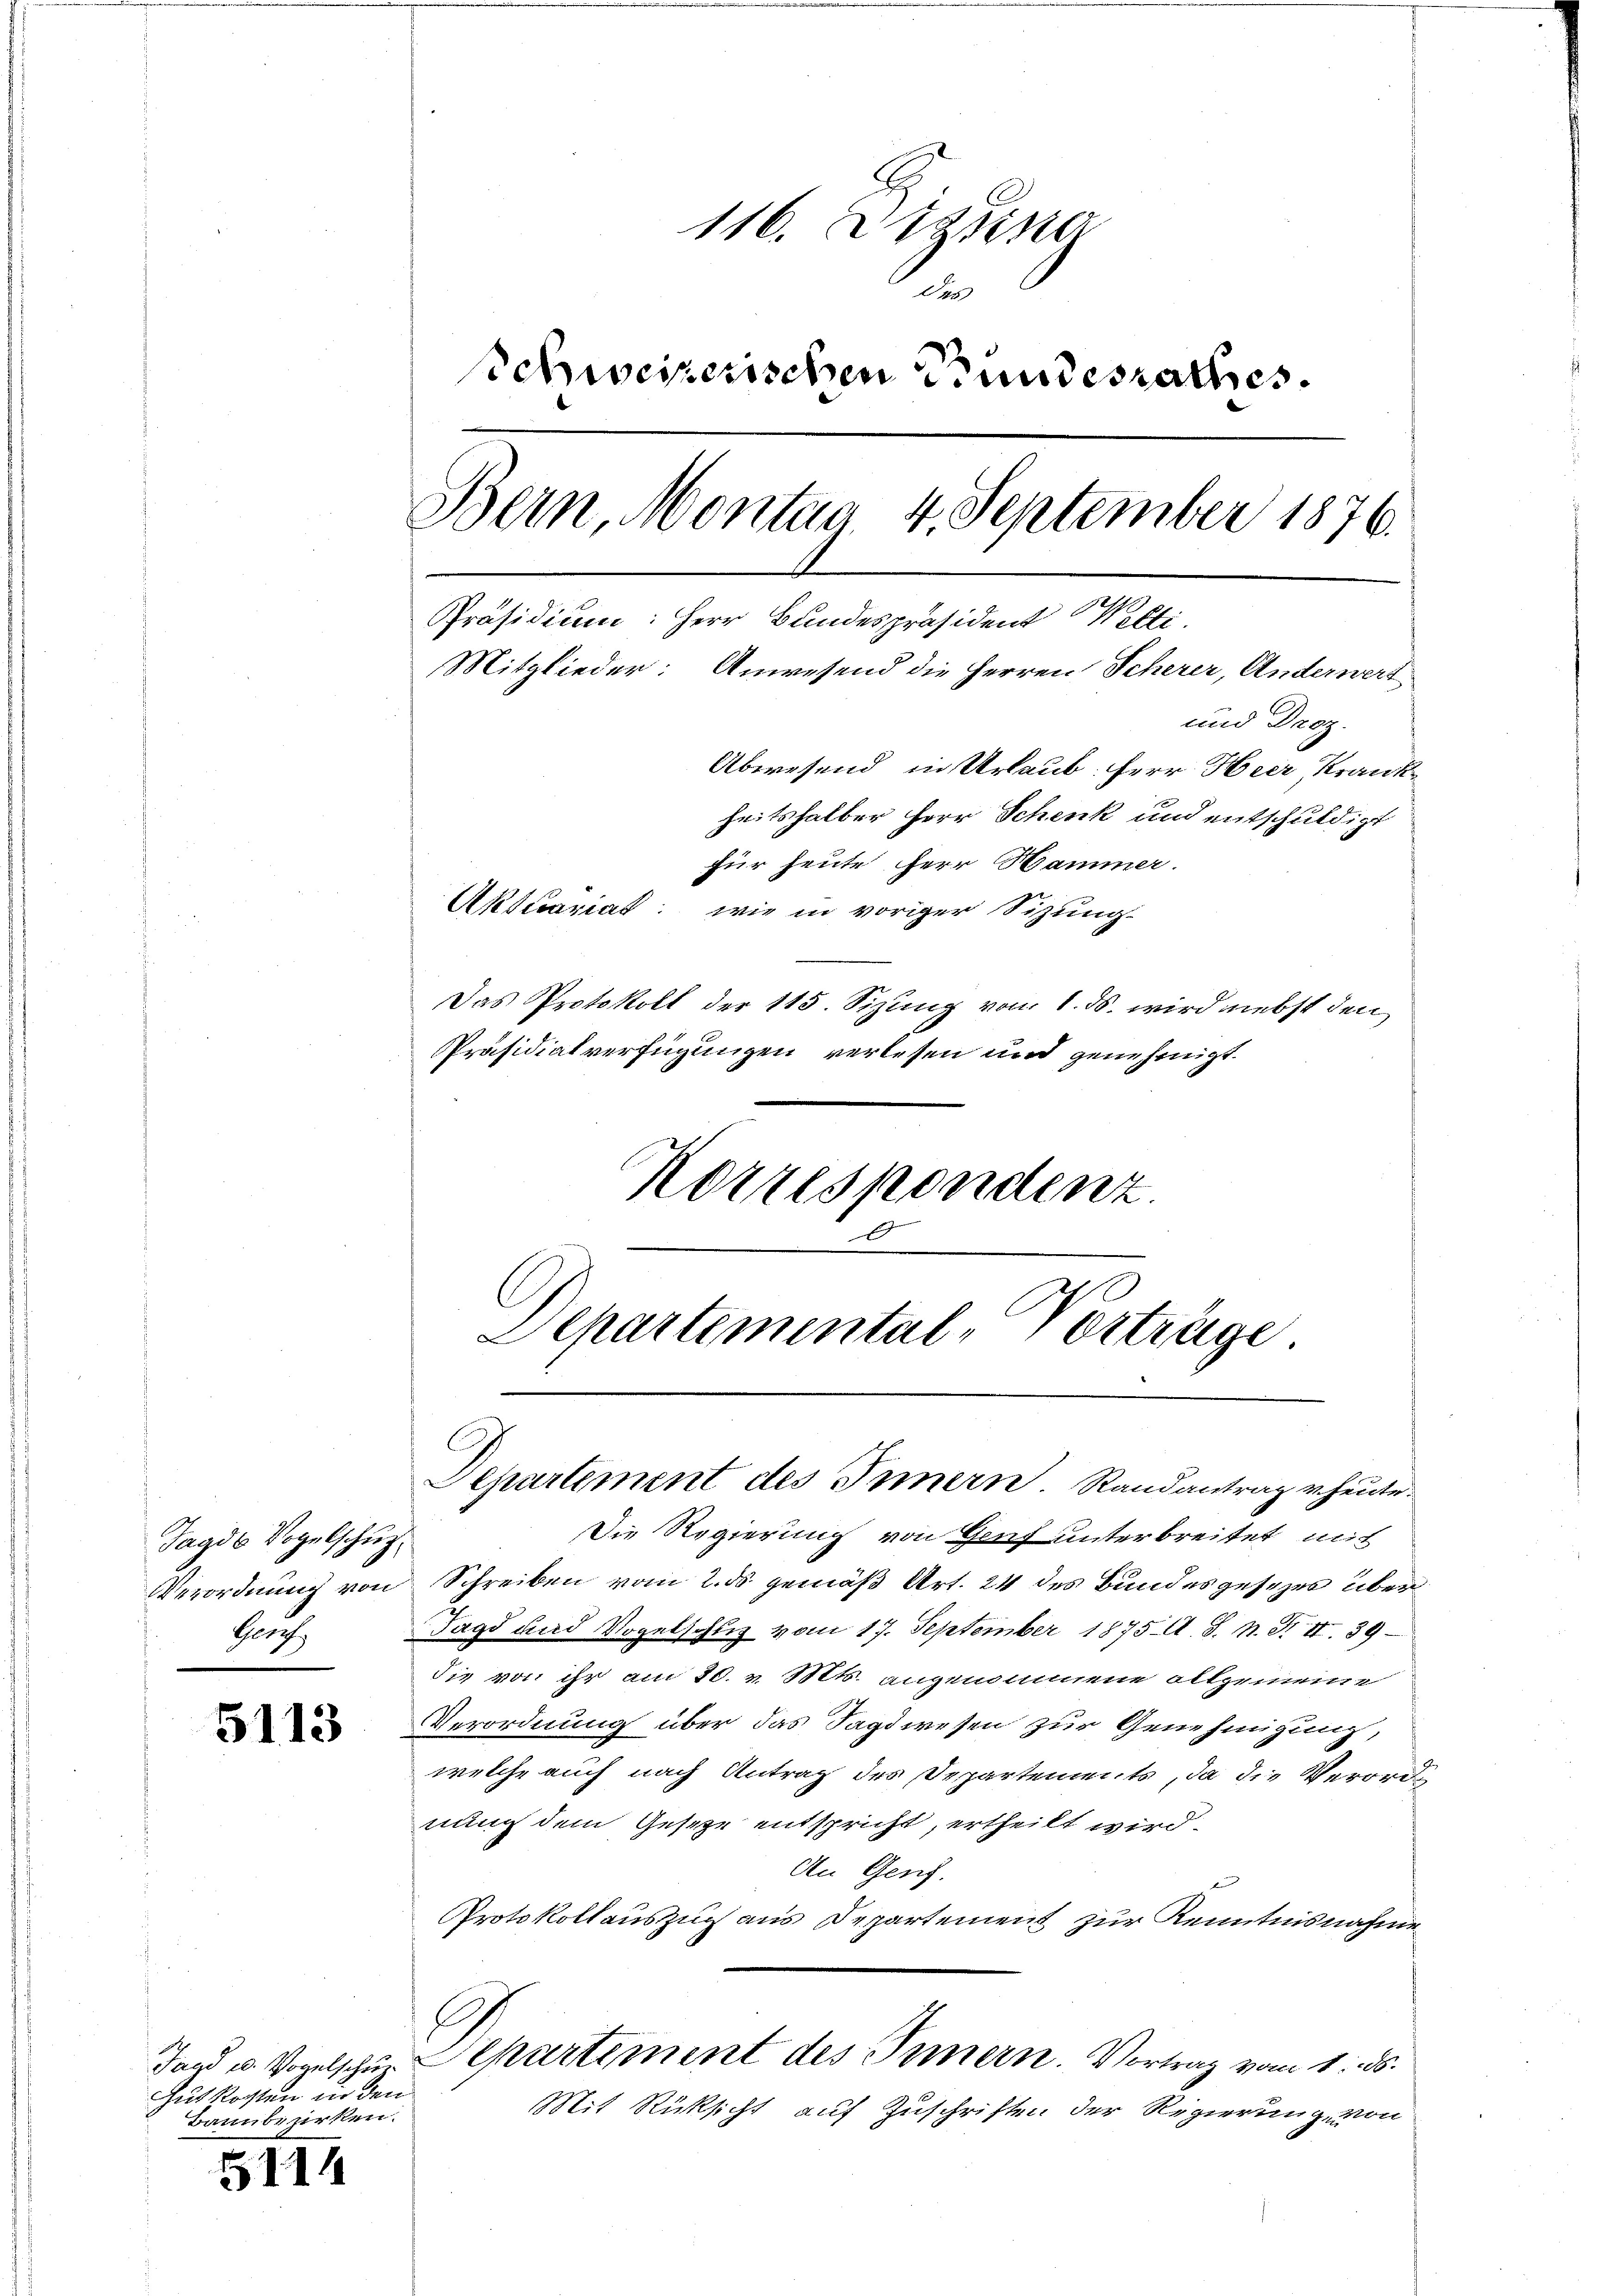
Tagds Vogelschuz¬
Barch

5113

Gut kosten in den
Bannbezirken.

5114

116. Dieser
n
schweizerischen Bundesrathes.
Bern, Montag 4. September 1876.
Präsidium: Herr Bundespräsident Welti.
Mitglieder: Anwesend die Herren Scherer, Andernert
und Droz.
Abwesend, in Urlaub. Herr Heer, Krankheitshalber Herr Schenk und entschuldigt
für heute herr Hammer.
Aktuariat wie in voriger Sitzung
Das Protokoll der 115. Sizung vom 1. ds. wird nebst den

Präsidialverfügungen verlesen und genehmigt.
Korrespondenz.
.
Departemental-Verträge

Die Regierung von Genf unterbreitet mit
Verordnung von Schreiben vom 2. ds gemäß Art. 24 des Bundesgesezes über¬
Tagd und Vogelschuß vom 17. September 1875. A. S. n. F. II. 39
die von ihr am 30. v. Mts. angenommene allgemeine
Verordnung über das Jagdwesen zur Genehmigung,
welche auch nach Antrag des Departements, da die Verordnung dem Geseze entspricht, ertheilt wird.
An Gen
Protokollauszug aus Departement zur Kenntnisnahme
.
Jagd u. Vogelschen Separtement des Innern. Vortrag vom 1. ds.
Mit Rücksicht auf Zuschriften der Regierung von

Departement des Innern. Randantrag u. heute.